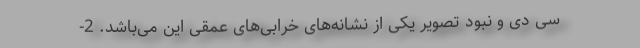
سی دی و نبود تصویر یکی از نشانه‌های خرابی‌های عمقی این می‌باشد. 2-